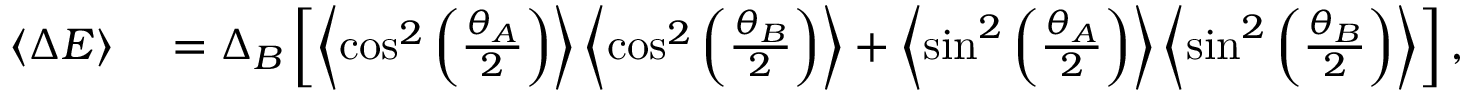
\begin{array} { r l } { \left\langle { \Delta E } \right\rangle } & { { } = \Delta _ { B } \left[ \left\langle { \cos ^ { 2 } \left( \frac { \theta _ { A } } { 2 } \right) } \right\rangle \left\langle { \cos ^ { 2 } \left( \frac { \theta _ { B } } { 2 } \right) } \right\rangle + \left\langle { \sin ^ { 2 } \left( \frac { \theta _ { A } } { 2 } \right) } \right\rangle \left\langle { \sin ^ { 2 } \left( \frac { \theta _ { B } } { 2 } \right) } \right\rangle \right] , } \end{array}